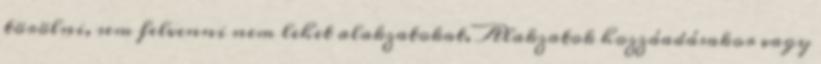
törölni, sem felvenni nem lehet alakzatokat. Alakzatok hozzáadásakor vagy